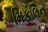
મિફલિન